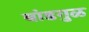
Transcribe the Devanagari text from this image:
बांडगुळ